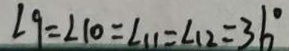
\angle 9 = \angle 1 0 = \angle 1 1 = \angle 1 2 = 3 6 ^ { \circ }